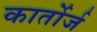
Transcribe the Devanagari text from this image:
कार्तोर्ज